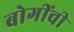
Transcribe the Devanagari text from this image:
बोगींची